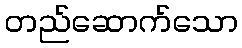
တည်ဆောက်သော